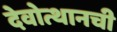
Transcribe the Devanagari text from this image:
देवोत्थानची